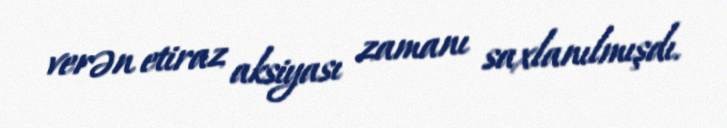
verən etiraz aksiyası zamanı saxlanılmışdı.